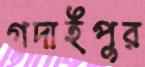
গদাইপুর